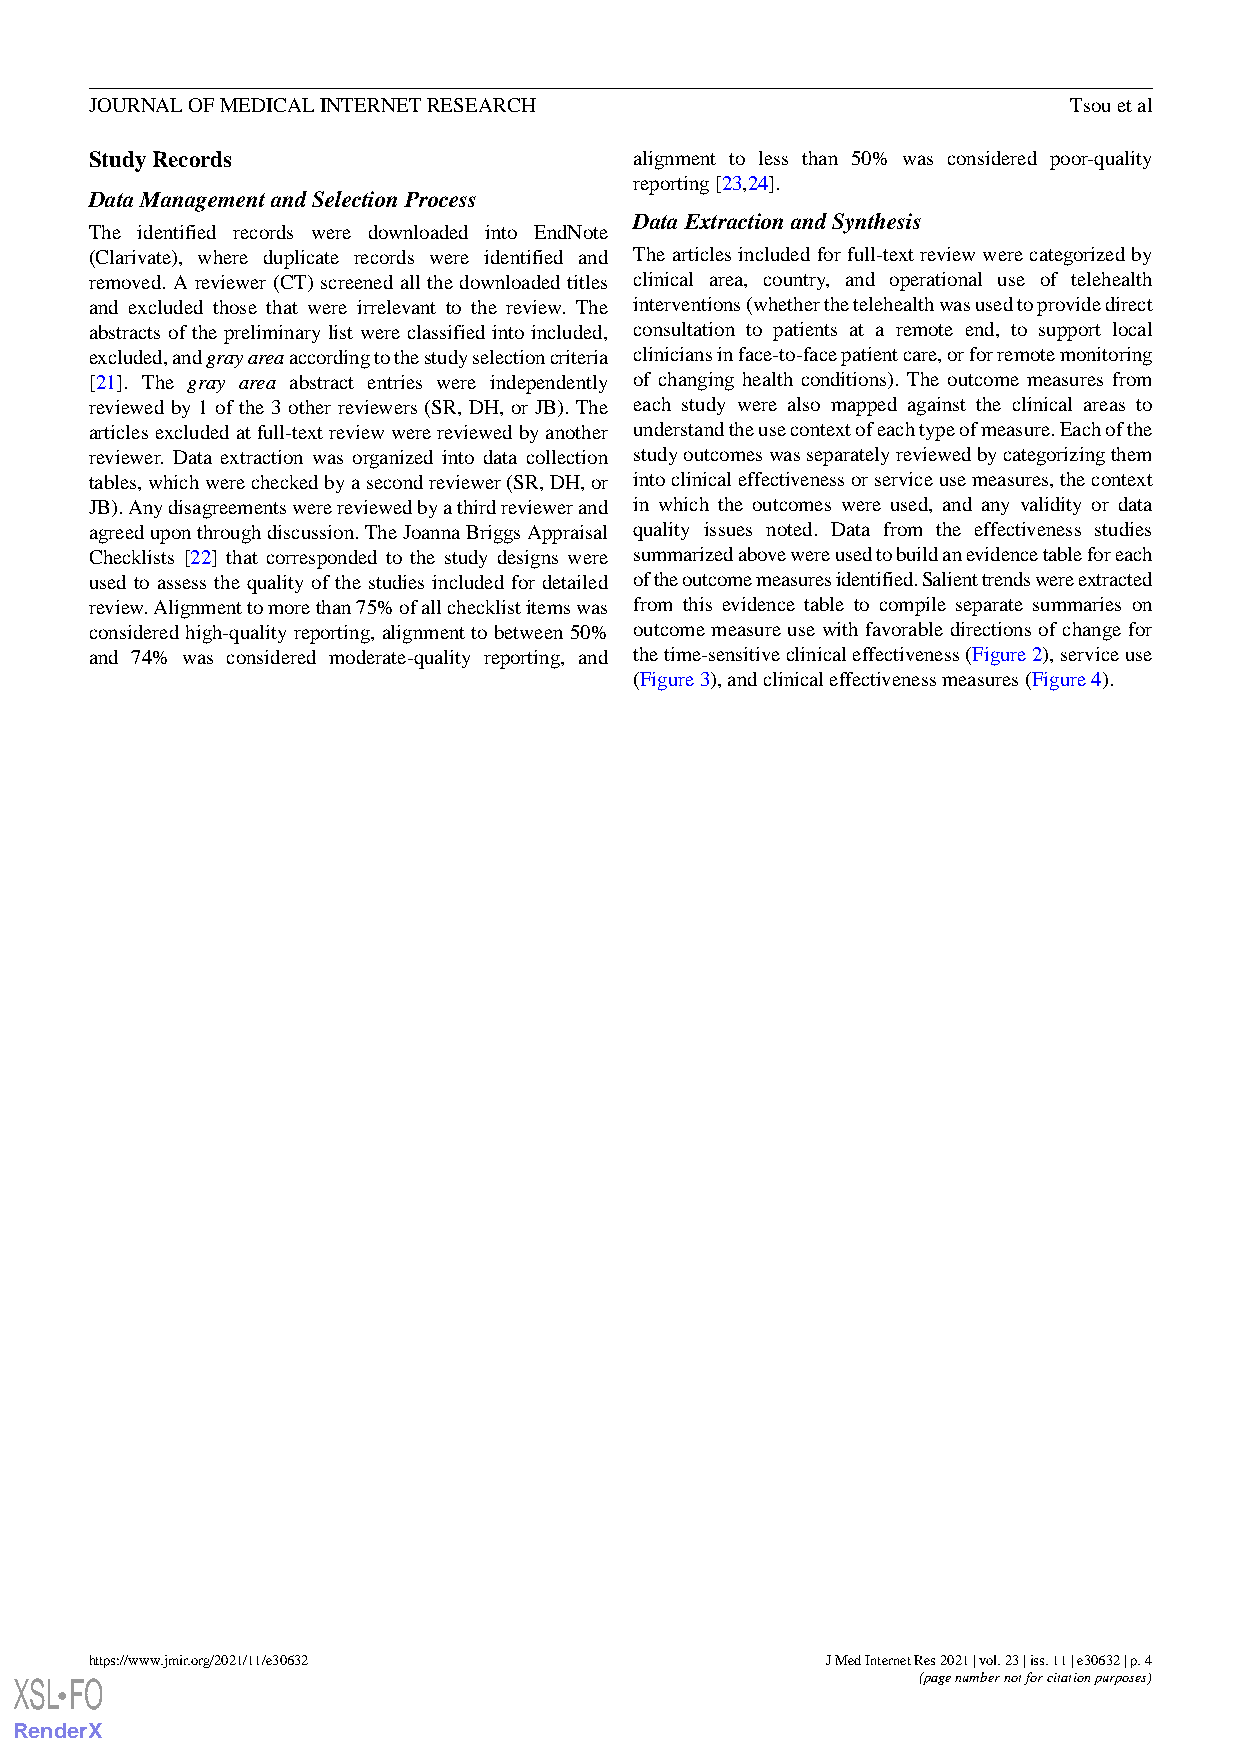
JOURNAL OF MEDICAL INTERNET RESEARCH                             Tsou et al
 Study Records                       alignment to less than 50% was considered poor-quality
 reporting [23,24].
 Data Management and Selection Process
 Data Extraction and Synthesis
 The identified records were downloaded into EndNote
 (Clarivate), where duplicate records were identified and The articles included for full-text review were categorized by
 removed. A reviewer (CT) screened all the downloaded titles clinical area, country, and operational use of telehealth
 and excluded those that were irrelevant to the review. The interventions (whether the telehealth was used to provide direct
 abstracts of the preliminary list were classified into included, consultation to patients at a remote end, to support local
 excluded, and gray areaaccording to the study selection criteria clinicians in face-to-face patient care, or for remote monitoring
 [21]. The gray area abstract entries were independently of changing health conditions). The outcome measures from
 reviewed by 1 of the 3 other reviewers (SR, DH, or JB). The each study were also mapped against the clinical areas to
 articles excluded at full-text review were reviewed by another understand the use context of each type of measure. Each of the
 reviewer. Data extraction was organized into data collection study outcomes was separately reviewed by categorizing them
 tables, which were checked by a second reviewer (SR, DH, or into clinical effectiveness or service use measures, the context
 JB). Any disagreements were reviewed by a third reviewer and in which the outcomes were used, and any validity or data
 agreed upon through discussion. The Joanna Briggs Appraisal quality issues noted. Data from the effectiveness studies
 Checklists [22] that corresponded to the study designs were summarized above were used to build an evidence table for each
 used to assess the quality of the studies included for detailed of the outcome measures identified. Salient trends were extracted
 review. Alignment to more than 75% of all checklist items was from this evidence table to compile separate summaries on
 considered high-quality reporting, alignment to between 50% outcome measure use with favorable directions of change for
 and 74% was considered moderate-quality reporting, and the time-sensitive clinical effectiveness (Figure 2), service use
 (Figure 3), and clinical effectiveness measures (Figure 4).
 https://www.jmir.org/2021/11/e30632              J Med Internet Res 2021 | vol. 23 | iss. 11 | e30632 | p. 4
 XSL FO                                                      (page number not for citation purposes)
 •
 RenderX